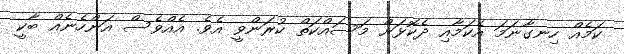
ކަމެއް ހިނގާނަމަ އެކަމާއި ދެކޮޅަށް މަސައްކަތް ކުރަންވީ އެވެ. އެއްވެސް އަންހެނެއް ބާކީ